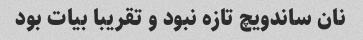
نان ساندویچ تازه نبود و تقریبا بیات بود